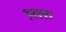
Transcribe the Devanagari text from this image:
भ़क्त